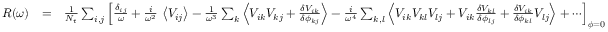
\begin{array} { r l r } { R ( \omega ) } & { = } & { \frac { 1 } { N _ { t } } \sum _ { i , j } \left[ \frac { \delta _ { i j } } { \omega } + \frac { i } { \omega ^ { 2 } } \, \left\langle V _ { i j } \right\rangle - \frac { 1 } { \omega ^ { 3 } } \sum _ { k } \left\langle V _ { i k } V _ { k j } + \frac { \delta V _ { i k } } { \delta \phi _ { k j } } \right\rangle - \frac { i } { \omega ^ { 4 } } \sum _ { k , l } \left\langle V _ { i k } V _ { k l } V _ { l j } + V _ { i k } \frac { \delta V _ { k l } } { \delta \phi _ { l j } } + \frac { \delta V _ { i k } } { \delta \phi _ { k l } } V _ { l j } \right\rangle + \cdots \right] _ { \boldsymbol { \phi } = 0 } } \end{array}